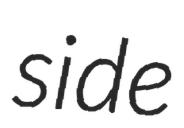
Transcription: side